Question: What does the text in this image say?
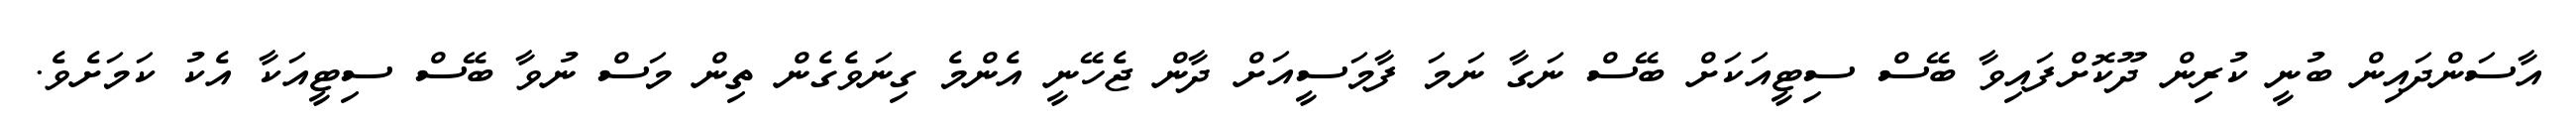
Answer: އާސަންދައިން ބުނީ ކުރިން ދޫކޮށްފައިވާ ބޭސް ސިޓީއަކަށް ބޭސް ނަގާ ނަމަ ފާމަސީއަށް ދާން ޖެހޭނީ އެންމެ ގިނަވެގެން ތިން މަސް ނުވާ ބޭސް ސިޓީއަކާ އެކު ކަމަށެވެ.